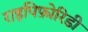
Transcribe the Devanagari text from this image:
राइपिफ़ोरिडी